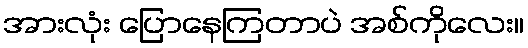
အားလုံး ပြောနေကြတာပဲ အစ်ကိုလေး။